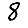
Digit: 8